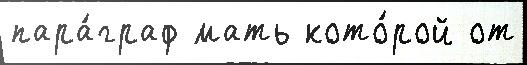
пара́граф мать кото́рой от